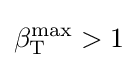
\beta _{\text{T}}^{\text{max}}>1